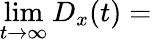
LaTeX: \operatorname*{lim}_{t\to\infty}D_{x}(t)=